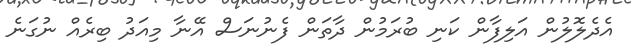
އެދެލޮލުން އަލިފާން ކަނި ބުރަމުން ދާތަން ފެނުނަސް އޭނާ މިއަދު ބިރެއް ނުގަނެ